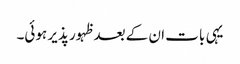
یہی بات ان کے بعد ظہور پذیر ہوئی۔